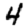
Digit: 4